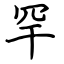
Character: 罕